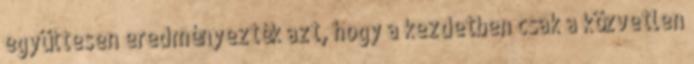
együttesen eredményezték azt, hogy a kezdetben csak a közvetlen